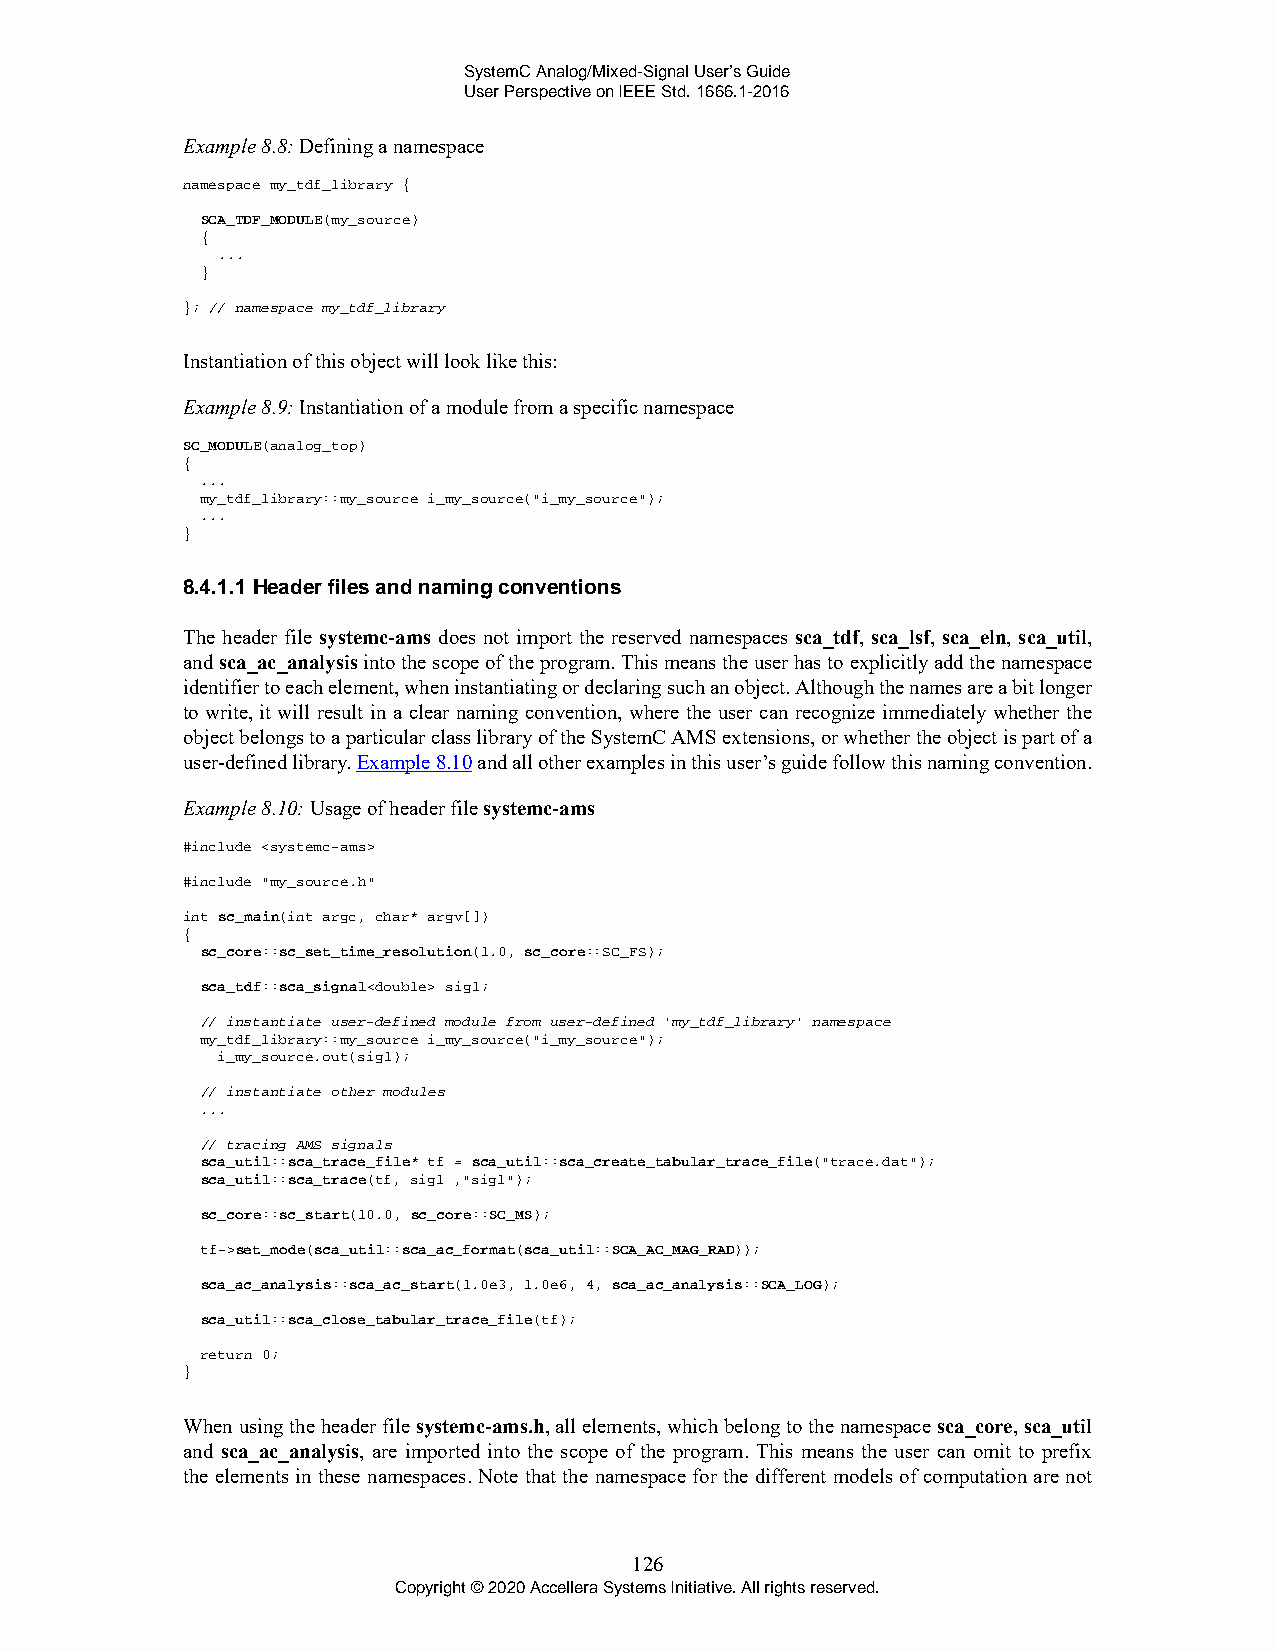
SystemC Analog/Mixed-Signal User’s Guide
 User Perspective on IEEE Std. 1666.1-2016
 Example 8.8: Defining a namespace
 namespace my_tdf_library {
 SCA_TDF_MODULE(my_source)
 {
 ...
 }
 }; // namespace my_tdf_library
 Instantiation of this object will look like this:
 Example 8.9: Instantiation of a module from a specific namespace
 SC_MODULE(analog_top)
 {
 ...
 my_tdf_library::my_source i_my_source("i_my_source");
 ...
 }
 8.4.1.1 Header files and naming conventions
 The header file systemc-ams does not import the reserved namespaces sca_tdf, sca_lsf, sca_eln, sca_util,
 and sca_ac_analysis into the scope of the program. This means the user has to explicitly add the namespace
 identifier to each element, when instantiating or declaring such an object. Although the names are a bit longer
 to write, it will result in a clear naming convention, where the user can recognize immediately whether the
 object belongs to a particular class library of the SystemC AMS extensions, or whether the object is part of a
 user-defined library. Example 8.10 and all other examples in this user’s guide follow this naming convention.
 Example 8.10: Usage of header file systemc-ams
 #include <systemc-ams>
 #include "my_source.h"
 int sc_main(int argc, char* argv[])
 {
 sc_core::sc_set_time_resolution(1.0, sc_core::SC_FS);
 sca_tdf::sca_signal<double> sig1;
 // instantiate user-defined module from user-defined 'my_tdf_library' namespace
 my_tdf_library::my_source i_my_source("i_my_source");
 i_my_source.out(sig1);
 // instantiate other modules
 ...
 // tracing AMS signals
 sca_util::sca_trace_file* tf = sca_util::sca_create_tabular_trace_file("trace.dat");
 sca_util::sca_trace(tf, sig1 ,"sig1");
 sc_core::sc_start(10.0, sc_core::SC_MS);
 tf->set_mode(sca_util::sca_ac_format(sca_util::SCA_AC_MAG_RAD));
 sca_ac_analysis::sca_ac_start(1.0e3, 1.0e6, 4, sca_ac_analysis::SCA_LOG);
 sca_util::sca_close_tabular_trace_file(tf);
 return 0;
 }
 When using the header file systemc-ams.h, all elements, which belong to the namespace sca_core, sca_util
 and sca_ac_analysis, are imported into the scope of the program. This means the user can omit to prefix
 the elements in these namespaces. Note that the namespace for the different models of computation are not
 126
 Copyright © 2020 Accellera Systems Initiative. All rights reserved.